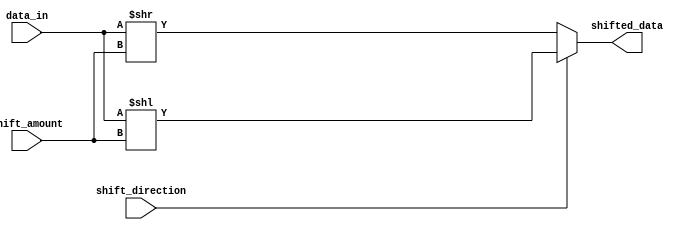
module barrel_shifter(input [7:0] data_in,
                        input [2:0] shift_amount,
                        input shift_direction,
                        output reg [7:0] shifted_data);

    reg [7:0] temp_data;

    always @(data_in or shift_amount or shift_direction)
    begin
        if (shift_direction) // Left shift
            temp_data = data_in << shift_amount;
        else // Right shift
            temp_data = data_in >> shift_amount;
    end

    always @(temp_data)
    begin
        shifted_data = temp_data;
    end
endmodule